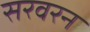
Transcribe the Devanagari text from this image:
सरवरन